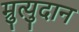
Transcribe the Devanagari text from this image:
म्रुत्युदान